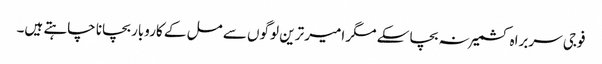
فوجی سربراہ کشمیر نہ بچا سکے مگر امیر ترین لوگوں سے مل کے کاروبار بچانا چاہتے ہیں۔